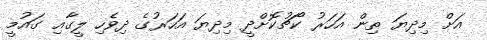
އަށް މިދިޔަ ތިން އަހަރު ކޯޗުކޮށްދީ މިދިޔަ އަހަރުގެ ދިވެހި ލީގާއި ގައުމީ